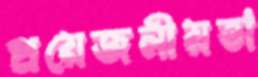
প্রয়েজনীয়তা